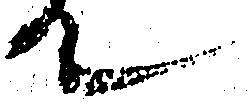
て